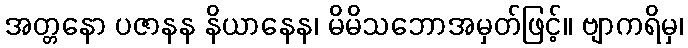
အတ္တနော ပဇာနန နိယာနေန၊ မိမိသဘောအမှတ်ဖြင့်။ ဗျာကရိမှ၊